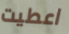
اعطيت